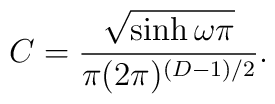
C=\frac{\sqrt{\sinh \omega \pi }}{\pi (2\pi )^{(D-1)/2}}.